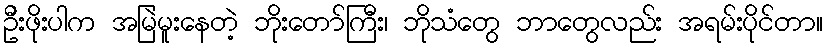
ဦးဖိုးပါက အမြဲမူးနေတဲ့ ဘိုးတော်ကြီး၊ ဘိုသံတွေ ဘာတွေလည်း အရမ်းပိုင်တာ။